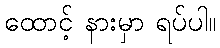
ထောင့် နားမှာ ရပ်ပါ။